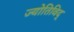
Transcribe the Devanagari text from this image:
ज्योतिविद्